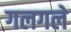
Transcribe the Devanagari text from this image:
गलगले